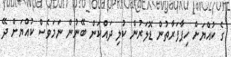
ގެ ކުއްޔަށް ހިފާފަރާތުން ޑޮލަރުން ކުލި ދައްކަން ބޭނުން ނަމަވެސް ކުއްޔަށް ދޭ